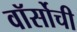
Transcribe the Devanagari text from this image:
वॉर्सोची